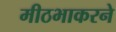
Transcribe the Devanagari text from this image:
मीठभाकरने